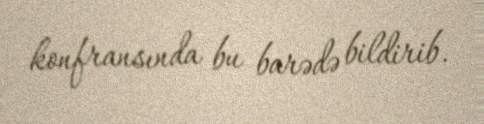
konfransında bu barədə bildirib.